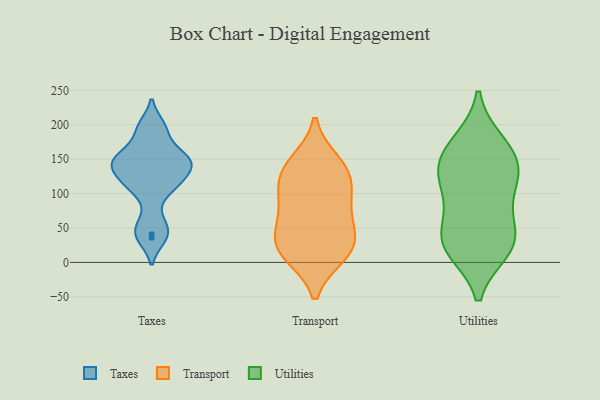
{"axis": {"x": "Website Visitors", "y": "Value"}, "legend": ["Taxes", "Transport", "Utilities"], "data": [{"x": "", "y": 41, "type": "Taxes"}, {"x": "", "y": 36, "type": "Taxes"}, {"x": "", "y": 148, "type": "Taxes"}, {"x": "", "y": 147, "type": "Taxes"}, {"x": "", "y": 148, "type": "Taxes"}, {"x": "", "y": 192, "type": "Taxes"}, {"x": "", "y": 198, "type": "Taxes"}, {"x": "", "y": 113, "type": "Taxes"}, {"x": "", "y": 117, "type": "Taxes"}, {"x": "", "y": 106, "type": "Taxes"}, {"x": "", "y": 134, "type": "Taxes"}, {"x": "", "y": 143, "type": "Taxes"}, {"x": "", "y": 162, "type": "Taxes"}, {"x": "", "y": 60, "type": "Taxes"}, {"x": "", "y": 146, "type": "Transport"}, {"x": "", "y": 11, "type": "Transport"}, {"x": "", "y": 141, "type": "Transport"}, {"x": "", "y": 126, "type": "Transport"}, {"x": "", "y": 50, "type": "Transport"}, {"x": "", "y": 79, "type": "Transport"}, {"x": "", "y": 17, "type": "Transport"}, {"x": "", "y": 101, "type": "Transport"}, {"x": "", "y": 122, "type": "Transport"}, {"x": "", "y": 37, "type": "Transport"}, {"x": "", "y": 84, "type": "Transport"}, {"x": "", "y": 33, "type": "Transport"}, {"x": "", "y": 11, "type": "Transport"}, {"x": "", "y": 18, "type": "Utilities"}, {"x": "", "y": 172, "type": "Utilities"}, {"x": "", "y": 64, "type": "Utilities"}, {"x": "", "y": 26, "type": "Utilities"}, {"x": "", "y": 89, "type": "Utilities"}, {"x": "", "y": 154, "type": "Utilities"}, {"x": "", "y": 140, "type": "Utilities"}, {"x": "", "y": 27, "type": "Utilities"}, {"x": "", "y": 21, "type": "Utilities"}, {"x": "", "y": 128, "type": "Utilities"}, {"x": "", "y": 44, "type": "Utilities"}, {"x": "", "y": 175, "type": "Utilities"}, {"x": "", "y": 122, "type": "Utilities"}, {"x": "", "y": 121, "type": "Utilities"}]}